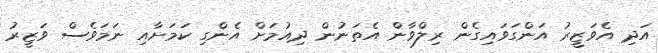
އަދި އެވަޒީރު އަންގަވައިގެން ރިލްވާން އެތަނުން ދިއުމަށް އެންގި ކަމަށާއި ނަމަވެސް ވަޒީރު